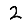
Digit: 2